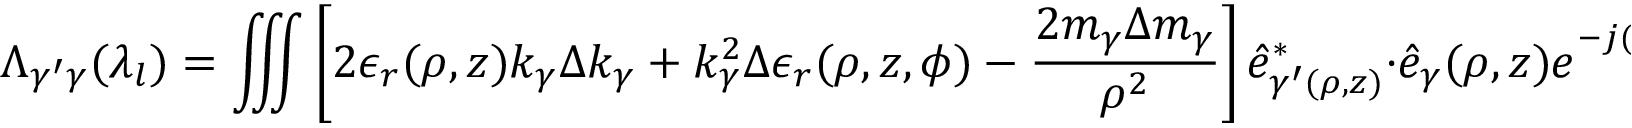
\Lambda _ { \gamma ^ { \prime } \gamma } ( \lambda _ { l } ) = \iiint \left[ 2 \epsilon _ { r } ( \rho , z ) k _ { \gamma } \Delta k _ { \gamma } + k _ { \gamma } ^ { 2 } \Delta \epsilon _ { r } ( \rho , z , \phi ) - \frac { 2 m _ { \gamma } \Delta m _ { \gamma } } { \rho ^ { 2 } } \right] \hat { e } _ { \gamma ^ { \prime } ( \rho , z ) } ^ { * } \cdot \hat { e } _ { \gamma } ( \rho , z ) e ^ { - j ( m _ { \gamma } ^ { \prime } - m _ { \gamma ^ { \prime } } ^ { \prime } ) \phi } { \rho } d { \rho } d z d \phi .